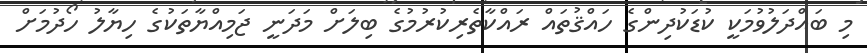
މި ބައްދަލުވުމަކީ ކުޑަކުދިންގެ ހައްޤުތައް ރައްކާތެރިކުރުމުގެ ބިލަށް މަދަނީ ޖަމިއްޔާތަކުގެ ހިޔާލު ހޯދުމަށް